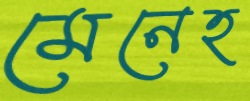
মেনেহ